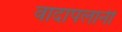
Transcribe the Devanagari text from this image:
वादापलानी